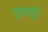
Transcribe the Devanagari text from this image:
इम्बाबुरा